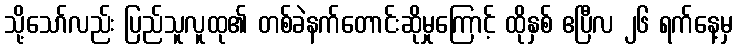
သို့သော်လည်း ပြည်သူလူထု၏ တစ်ခဲနက်တောင်းဆိုမှုကြောင့် ထိုနှစ် ဧပြီလ ၂၆ ရက်နေ့မှ